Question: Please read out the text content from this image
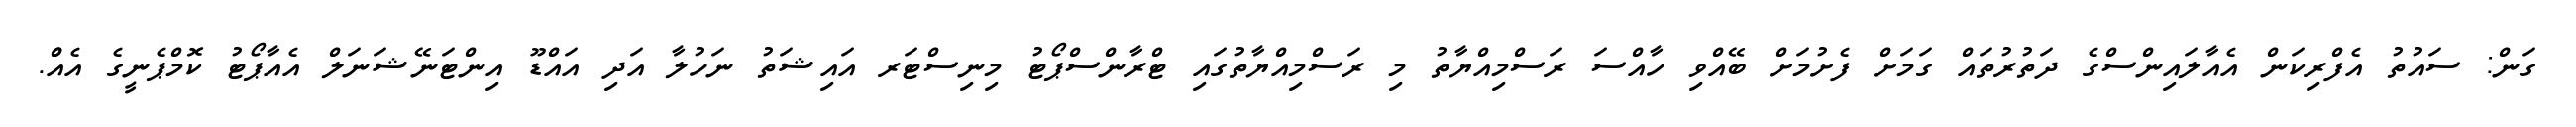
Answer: ގަން: ސައުތު އެފްރިކަން އެއާލައިންސްގެ ދަތުރުތައް ގަމަށް ފެށުމަށް ބޭއްވި ހާއްސަ ރަސްމިއްޔާތު މި ރަސްމިއްޔާތުގައި ޓްރާންސްޕޯޓު މިނިސްޓަރ އައިޝަތު ނަހުލާ އަދި އައްޑޫ އިންޓަނޭޝަނަލް އެއާޕޯޓު ކޮމްޕެނީގެ އެއްް.